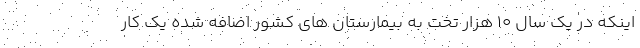
اینکه در یک سال ۱۰ هزار تخت به بیمارستان های کشور اضافه شده یک کار